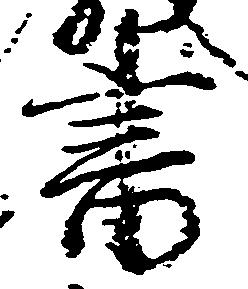
書